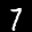
Label: 7